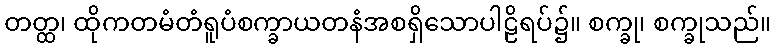
တတ္ထ၊ ထိုကတမံတံရူပံစက္ခာယတနံအစရှိသောပါဠိရပ်၌။ စက္ခု၊ စက္ခုသည်။